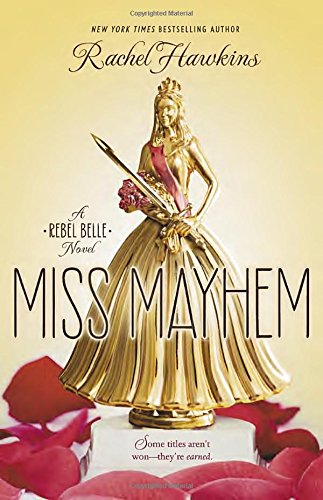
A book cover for Miss Mayhem: a Rebel Belle Novel; Rachel Hawkins; Teen & Young Adult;